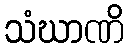
သံဃာဏိ